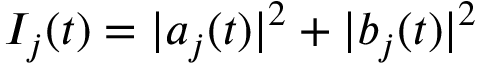
I _ { j } ( t ) = \vert a _ { j } ( t ) \vert ^ { 2 } + \vert b _ { j } ( t ) \vert ^ { 2 }